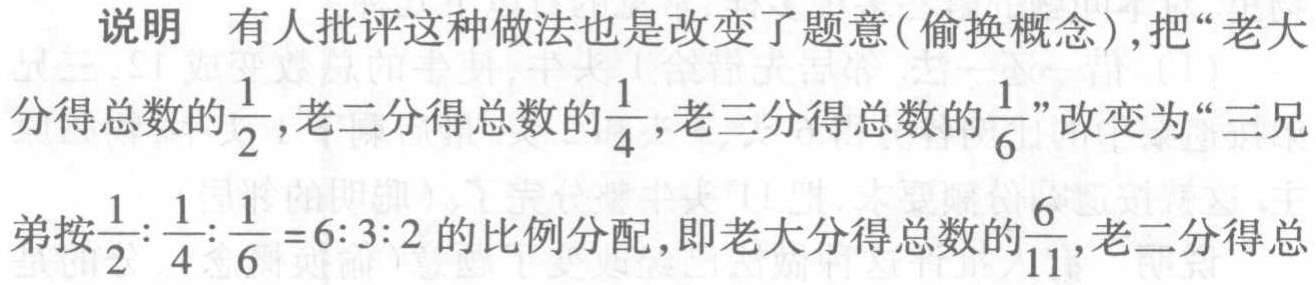
说明 有人批评这种做法也是改变了题意(偷换概念),把“老大分得总数的$\frac{1}{2}$, 老二分得总数的$\frac{1}{4}$, 老三分得总数的$\frac{1}{6}$”改变为“三兄弟按$\frac{1}{2}:\frac{1}{4}:\frac{1}{6}=6:3:2$的比例分配, 即老大分得总数的$\frac{6}{11}$, 老二分得总